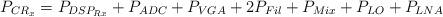
LaTeX: \begin{align*} P_{CR_{x}} = P_{DSP_{Rx}} + P_{ADC} + P_{VGA} + 2P_{Fil} + P_{Mix} + P_{LO} + P_{LNA} \end{align*}